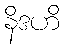
နိဒဟိ